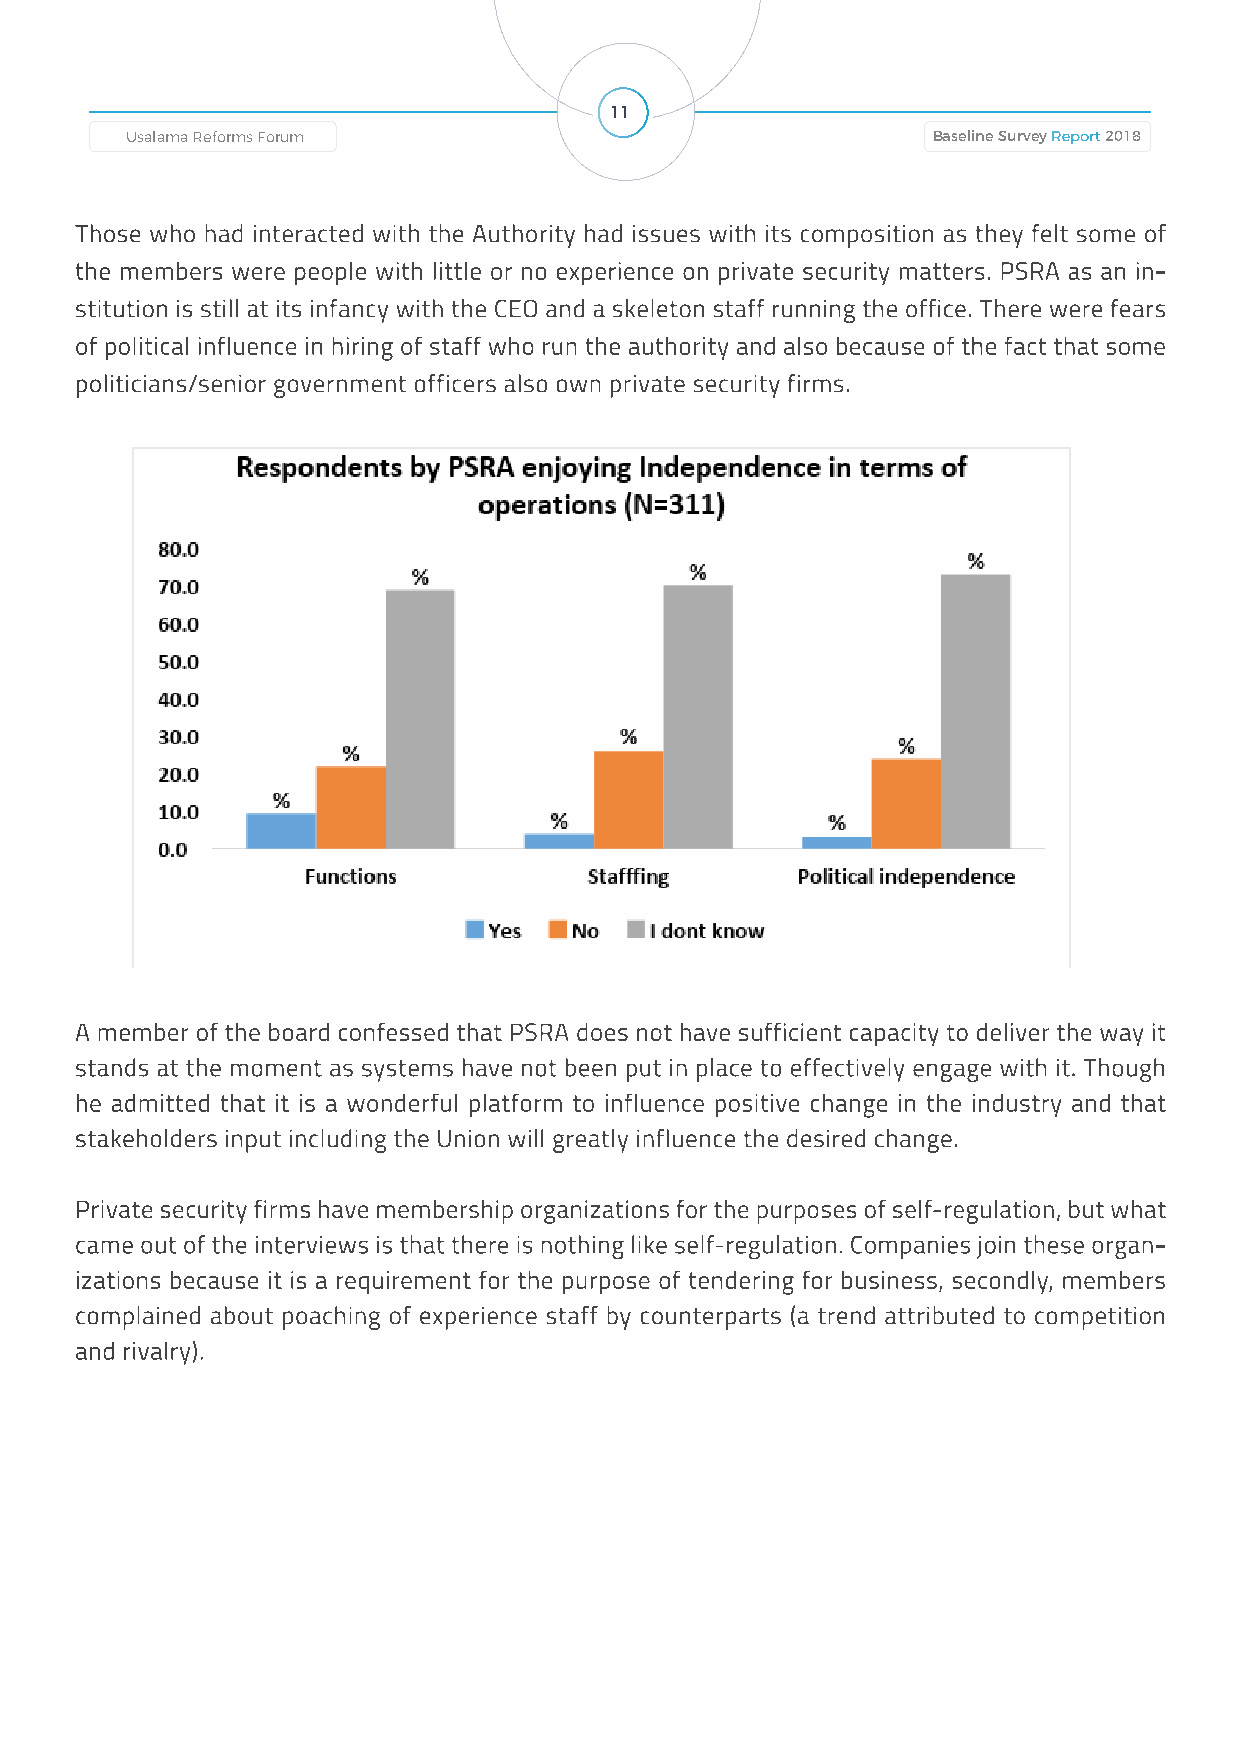
11
 Baseline Survey Report 2018 Usalama Reforms Forum Usalama Reforms Forum Baseline Survey Report 2018
 Those who had interacted with the Authority had issues with its composition as they felt some of
 the members were people with little or no experience on private security matters. PSRA as an in-
 stitution is still at its infancy with the CEO and a skeleton staff running the office. There were fears
 of political influence in hiring of staff who run the authority and also because of the fact that some
 politicians/senior government officers also own private security firms.
 A member of the board confessed that PSRA does not have sufficient capacity to deliver the way it
 stands at the moment as systems have not been put in place to effectively engage with it. Though
 he admitted that it is a wonderful platform to influence positive change in the industry and that
 stakeholders input including the Union will greatly influence the desired change.
 Private security firms have membership organizations for the purposes of self-regulation, but what
 came out of the interviews is that there is nothing like self-regulation. Companies join these organ-
 izations because it is a requirement for the purpose of tendering for business, secondly, members
 complained about poaching of experience staff by counterparts (a trend attributed to competition
 and rivalry).